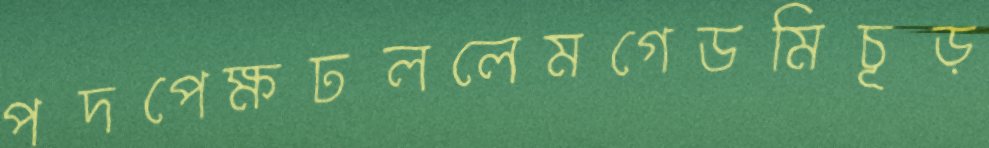
পদপেক্ষঢললেমগেডমিচূড়